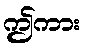
ဤကား